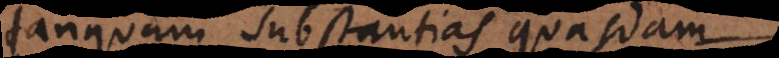
tanquam substantias quasdam